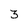
Character: 3